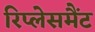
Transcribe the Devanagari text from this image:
रिप्लेसमैंट